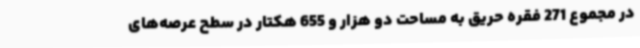
در مجموع 271 فقره حریق به مساحت دو هزار و 655 هکتار در سطح عرصه‌های